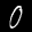
Label: 0